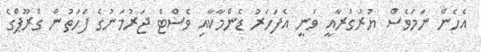
އެހެން ނަމަވެސް ޔުރުގުރާއީ ވަނީ އެފަހަރު ޑެންމާކާއި ވެސްޓް ޖަރުމަނުގެ ފަހަތުން ގްރޫޕްގެ